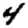
Digit: 4